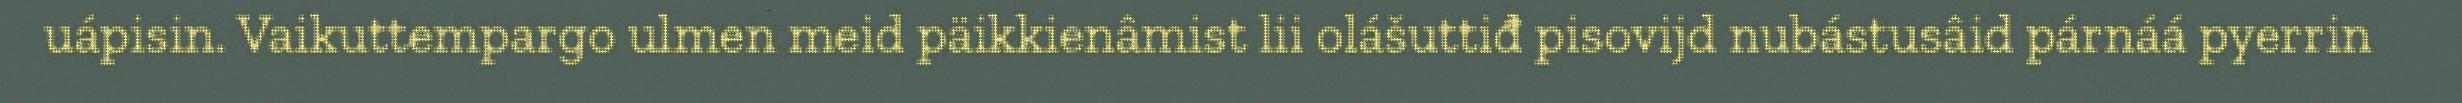
uápisin. Vaikuttempargo ulmen meid päikkienâmist lii olášuttiđ pisovijd nubástusâid párnáá pyerrin